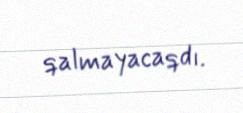
qalmayacaqdı.